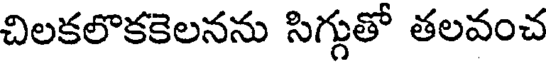
చిలకలొకకెలనను సిగ్గుతో తలవంచ